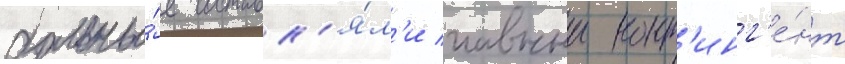
больны́е составл'я́л'и главныи конт'инг'е́нт